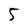
Character: 5